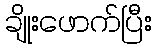
ချိုးဖောက်ပြီး